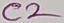
Text: C2